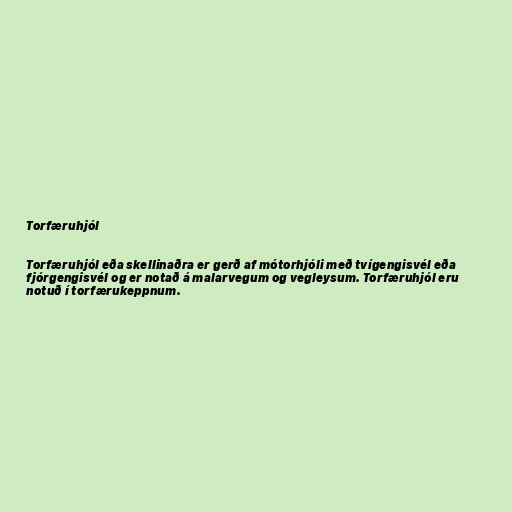
Torfæruhjól

Torfæruhjól eða skellinaðra er gerð af mótorhjóli með tvígengisvél eða
fjórgengisvél og er notað á malarvegum og vegleysum. Torfæruhjól eru
notuð í torfærukeppnum.